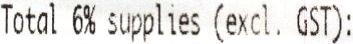
TOTAL 6% SUPPLIES (EXCL. GST):